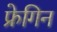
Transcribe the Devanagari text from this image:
फ्रेगिन